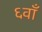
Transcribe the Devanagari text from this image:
६वाँ